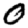
Digit: 0